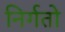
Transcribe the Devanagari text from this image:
निर्गतो